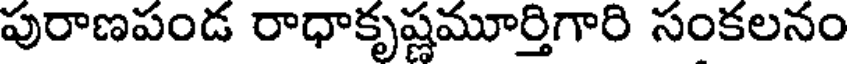
పురాణపండ రాధాకృష్ణమూర్తిగారి సంకలనం